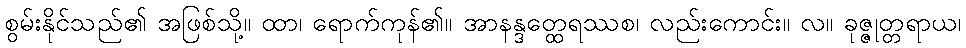
စွမ်းနိုင်သည်၏ အဖြစ်သို့။ ထာ၊ ရောက်ကုန်၏။ အာနန္ဒတ္ထေရဿစ၊ လည်းကောင်း။ လ။ ခုဇ္ဇုတ္တရာယ၊